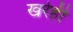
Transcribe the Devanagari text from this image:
खरेही